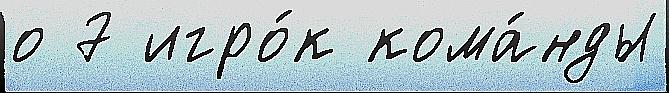
о 7 игро́к кома́нды